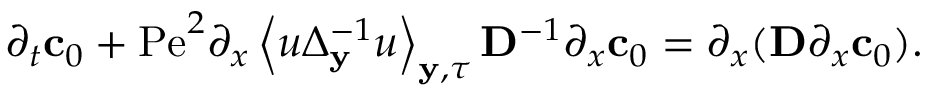
\begin{array} { r l } & { \partial _ { t } \mathbf { c } _ { 0 } + \mathrm { P e } ^ { 2 } \partial _ { x } \left\langle u \Delta _ { \mathbf { y } } ^ { - 1 } u \right\rangle _ { \mathbf { y } , \tau } \mathbf { D } ^ { - 1 } \partial _ { x } \mathbf { c } _ { 0 } = \partial _ { x } ( \mathbf { D } \partial _ { x } \mathbf { c } _ { 0 } ) . } \end{array}